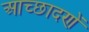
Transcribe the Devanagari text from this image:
आच्छादणें